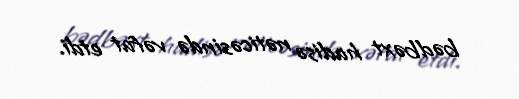
bədbəxt hadisə nəticəsində vəfat etdi.